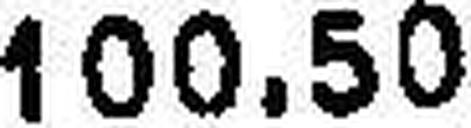
100.50